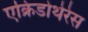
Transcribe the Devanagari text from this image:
एक्रिडोथेरेस